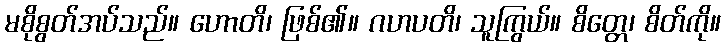
မစိုစွတ်အပ်သည်။ ဟောတိ၊ ဖြစ်၏။ ဂဟပတိ၊ သူကြွယ်။ စိတ္တေ၊ စိတ်ကို။